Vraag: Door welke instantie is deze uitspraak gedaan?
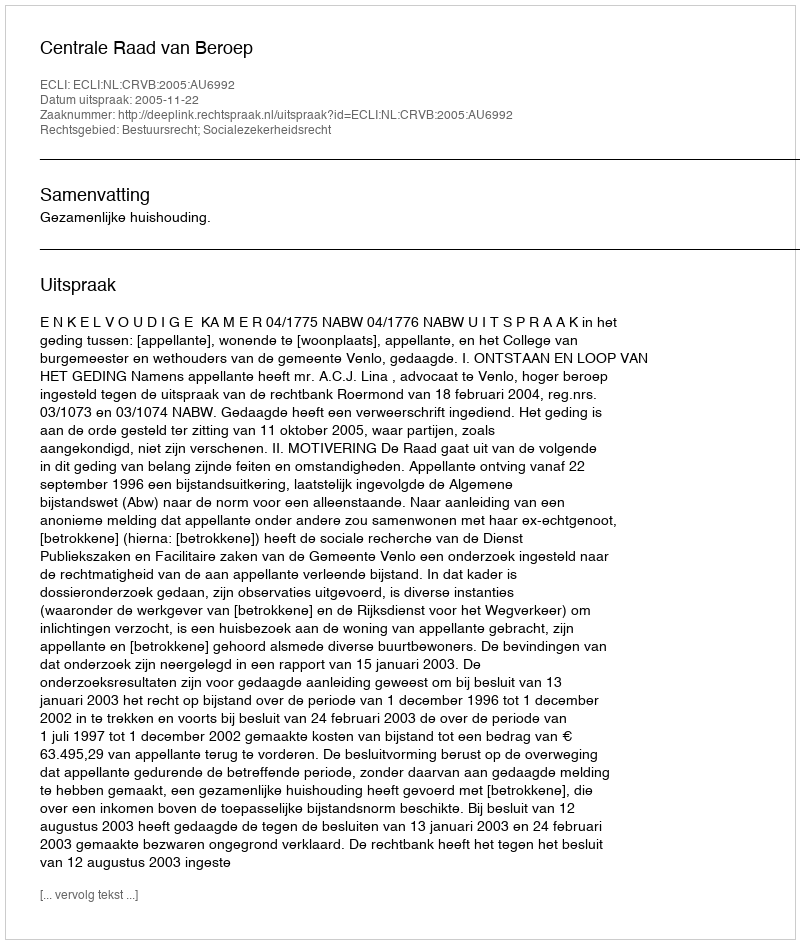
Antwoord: Centrale Raad van Beroep